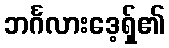
ဘင်္ဂလားဒေ့ရှ်၏